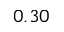
0 . 3 0